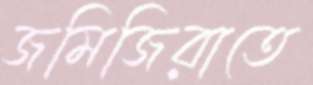
জমিজিরাতে